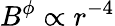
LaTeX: B^{\phi}\propto r^{-4}